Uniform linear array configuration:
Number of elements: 12
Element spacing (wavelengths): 0.75
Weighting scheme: blackman
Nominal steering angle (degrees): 15
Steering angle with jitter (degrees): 16.839
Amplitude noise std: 0.05
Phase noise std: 0.05

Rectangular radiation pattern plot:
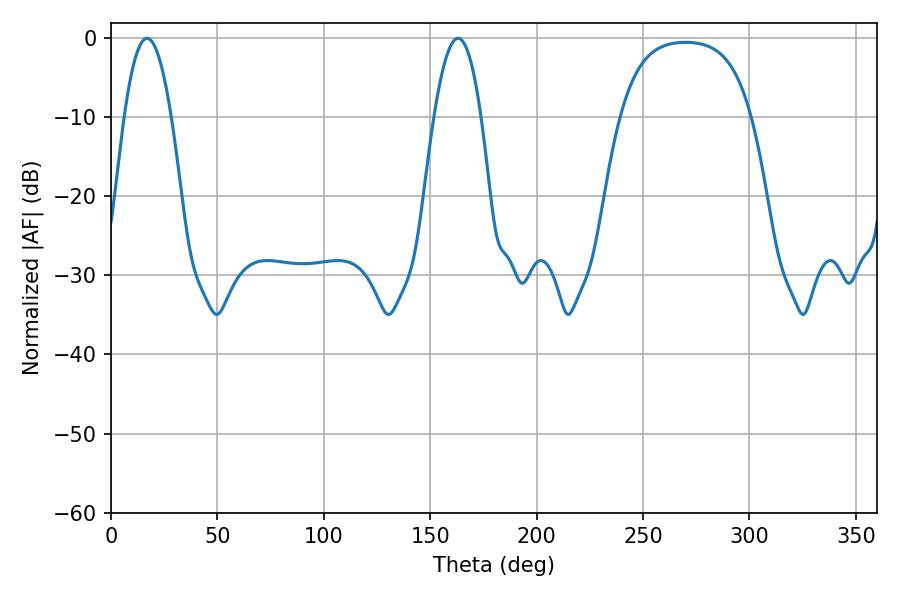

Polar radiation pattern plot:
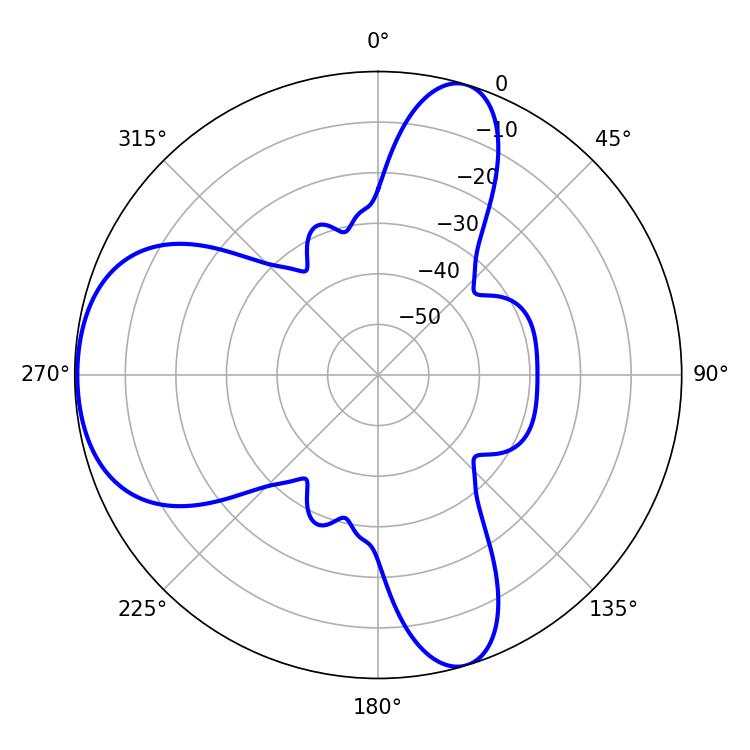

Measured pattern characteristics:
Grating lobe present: TRUE
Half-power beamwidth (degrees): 12.06
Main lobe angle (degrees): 16.92